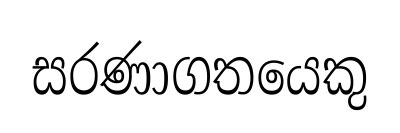
සරණාගතයෙකු